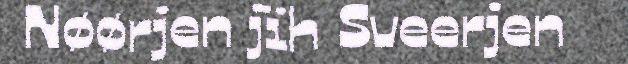
Nøørjen jïh Sveerjen